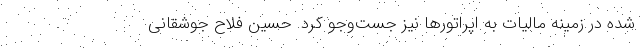
شده در زمینه مالیات به اپراتورها نیز جست‌وجو کرد. حسین فلاح جوشقانی